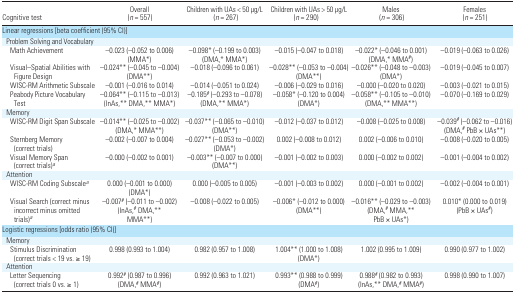
<table><thead><tr><td><b>Cognitive test</b></td><td><b>Overall (<i>n</i> = 557)</b></td><td><b>Children with UAs &lt; 50 μg/L(<i>n</i> = 267)</b></td><td><b>Children with UAs &gt; 50 μg/L(<i>n</i> = 290)</b></td><td><b>Males (<i>n</i> = 306)</b></td><td><b>Females (<i>n</i> = 251)</b></td></tr></thead><tbody><tr><td colspan="6">Linear regressions [beta coefficient (95% CI)]</td></tr><tr><td colspan="6"> Problem Solving and Vocabulary</td></tr><tr><td>Math Achievement</td><td>−0.023 (−0.052 to 0.006) (MMA*)</td><td>−0.098* (−0.199 to 0.003) (DMA,* MMA*)</td><td>−0.015 (−0.047 to 0.018)</td><td>−0.022* (−0.046 to 0.001) (DMA,* MMA#)</td><td>−0.019 (−0.063 to 0.026)</td></tr><tr><td>Visual–Spatial Abilities with Figure Design</td><td>−0.024** (−0.045 to −0.004) (DMA**)</td><td>−0.018 (−0.096 to 0.061)</td><td>−0.028** (−0.053 to −0.004) (DMA**)</td><td>−0.026** (−0.048 to −0.003) (DMA*)</td><td>−0.019 (−0.045 to 0.007)</td></tr><tr><td>WISC-RM Arithmetic Subscale</td><td>−0.001 (−0.016 to 0.014)</td><td>−0.014 (−0.051 to 0.024)</td><td>−0.006 (−0.029 to 0.016)</td><td>−0.000 (−0.020 to 0.020)</td><td>−0.003 (−0.021 to 0.015)</td></tr><tr><td>Peabody Picture Vocabulary Test</td><td>−0.064** (−0.115 to −0.013) (InAs,** DMA,** MMA*)</td><td>−0.185# (−0.293 to −0.078) (DMA,** MMA*)</td><td>−0.058* (−0.120 to 0.004) (DMA*)</td><td>−0.058** (−0.105 to −0.010) (DMA,** MMA**)</td><td>−0.070 (−0.169 to 0.029)</td></tr><tr><td colspan="6"> Memory</td></tr><tr><td>WISC-RM Digit Span Subscale</td><td>−0.014** (−0.025 to −0.002) (DMA,* MMA**)</td><td>−0.037** (−0.065 to −0.010) (DMA**)</td><td>−0.012 (−0.037 to 0.012)</td><td>−0.008 (−0.025 to 0.008)</td><td>−0.039# (−0.062 to −0.016) (DMA,# PbB ×UAs**)</td></tr><tr><td>Sternberg Memory(correct trials)</td><td>−0.002 (−0.007 to 0.004)</td><td>−0.027** (−0.053 to −0.002) (DMA*)</td><td>0.002 (−0.008 to 0.012)</td><td>0.002 (−0.006 to 0.010)</td><td>−0.008 (−0.020 to 0.005)</td></tr><tr><td>Visual Memory Span(correct trials)a</td><td>−0.000 (−0.002 to 0.001)</td><td>−0.003** (−0.007 to 0.000) (DMA**)</td><td>−0.001 (−0.002 to 0.003)</td><td>0.000 (−0.002 to 0.002)</td><td>−0.001 (−0.004 to 0.002)</td></tr><tr><td colspan="6"> Attention</td></tr><tr><td>WISC-RM Coding Subscalea</td><td>0.000 (−0.001 to 0.000) (DMA*)</td><td>0.000 (−0.005 to 0.005)</td><td>−0.001 (−0.003 to 0.002)</td><td>0.000 (−0.001 to 0.002)</td><td>−0.002 (−0.004 to 0.001)</td></tr><tr><td>Visual Search (correct minus incorrect minus omitted trials)a</td><td>−0.007# (−0.011 to −0.002) (InAs,# DMA,** MMA**)</td><td>−0.008 (−0.022 to 0.005)</td><td>−0.006* (−0.012 to 0.000) (DMA**)</td><td>−0.016** (−0.029 to −0.003) (DMA,# MMA,** PbB ×UAs*)</td><td>0.010* (0.000 to 0.019) (PbB ×UAs#)</td></tr><tr><td colspan="6">Logistic regressions [odds ratio (95% CI)]</td></tr><tr><td colspan="6"> Memory</td></tr><tr><td>Stimulus Discrimination(correct trials &lt; 19 vs. ≥19)</td><td>0.998 (0.993 to 1.004)</td><td>0.982 (0.957 to 1.008)</td><td>1.004** (1.000 to 1.008) (DMA*)</td><td>1.002 (0.995 to 1.009)</td><td>0.990 (0.977 to 1.002)</td></tr><tr><td colspan="6"> Attention</td></tr><tr><td>Letter Sequencing(correct trials 0 vs. ≥1)</td><td>0.992# (0.987 to 0.996) (DMA,# MMA#)</td><td>0.992 (0.963 to 1.021)</td><td>0.993** (0.988 to 0.999) (DMA#)</td><td>0.988# (0.982 to 0.993) (InAs,** DMA,# MMA#)</td><td>0.998 (0.990 to 1.007)</td></tr></tbody></table>